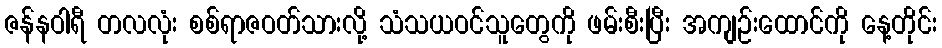
ဇန်နဝါရီ တလလုံး စစ်ရာဇဝတ်သားလို့ သံသယဝင်သူတွေကို ဖမ်းစီးပြီး အကျဉ်းထောင်ကို နေ့တိုင်း